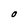
Character: O